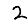
Digit: 2